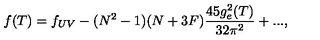
f ( T ) = f _ { U V } - ( N ^ { 2 } - 1 ) ( N + 3 F ) \frac { 4 5 g _ { e } ^ { 2 } ( T ) } { 3 2 \pi ^ { 2 } } + . . . ,